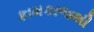
કામકાજથી